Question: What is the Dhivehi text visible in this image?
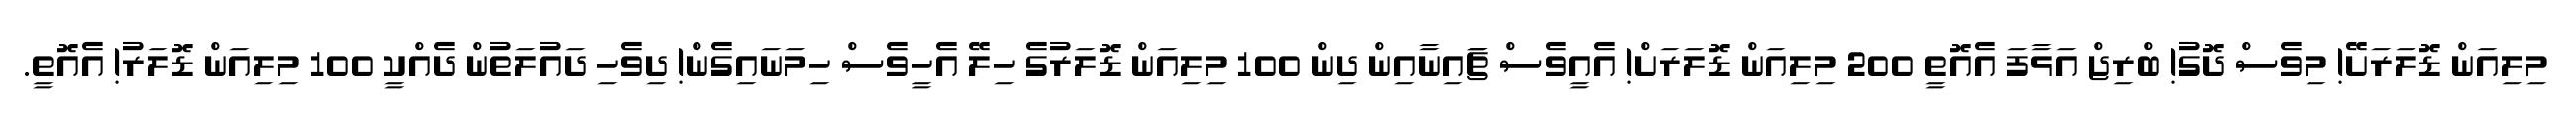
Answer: މިލިއަން ޑޮލަރަށޭ! މިވެސް ދޮގު! ބްރިޖް އަޅާފަ އެއޮތީ 200 މިލިއަން ޑޮލަރަށް! އެއީވެސް ޗަައިނާއިން ދިން 100 މިލިއަން ޑޮލަރުގެ ހިލޭ އެހީވެސް ހިމަނައިގެން! ދިވެހި ދައުލަތުން ދެއްކީ 100 މިލިއަން ޑޮލަރު! އެއޮތީ.